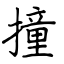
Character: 撞